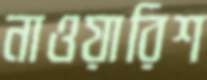
নাওয়ারিশ